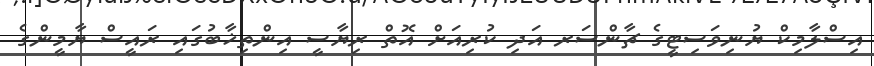
އިސްލާމިކް ޔުނިވަސިޓީގެ ޗާންސަރ އަދި ކުރިއަށް އޮތް ރިޔާސީ އިންތިޚާބުގައި ރައީސް ޔާމީންގެ